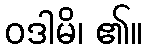
ဝဒါမိ၊ ၏။